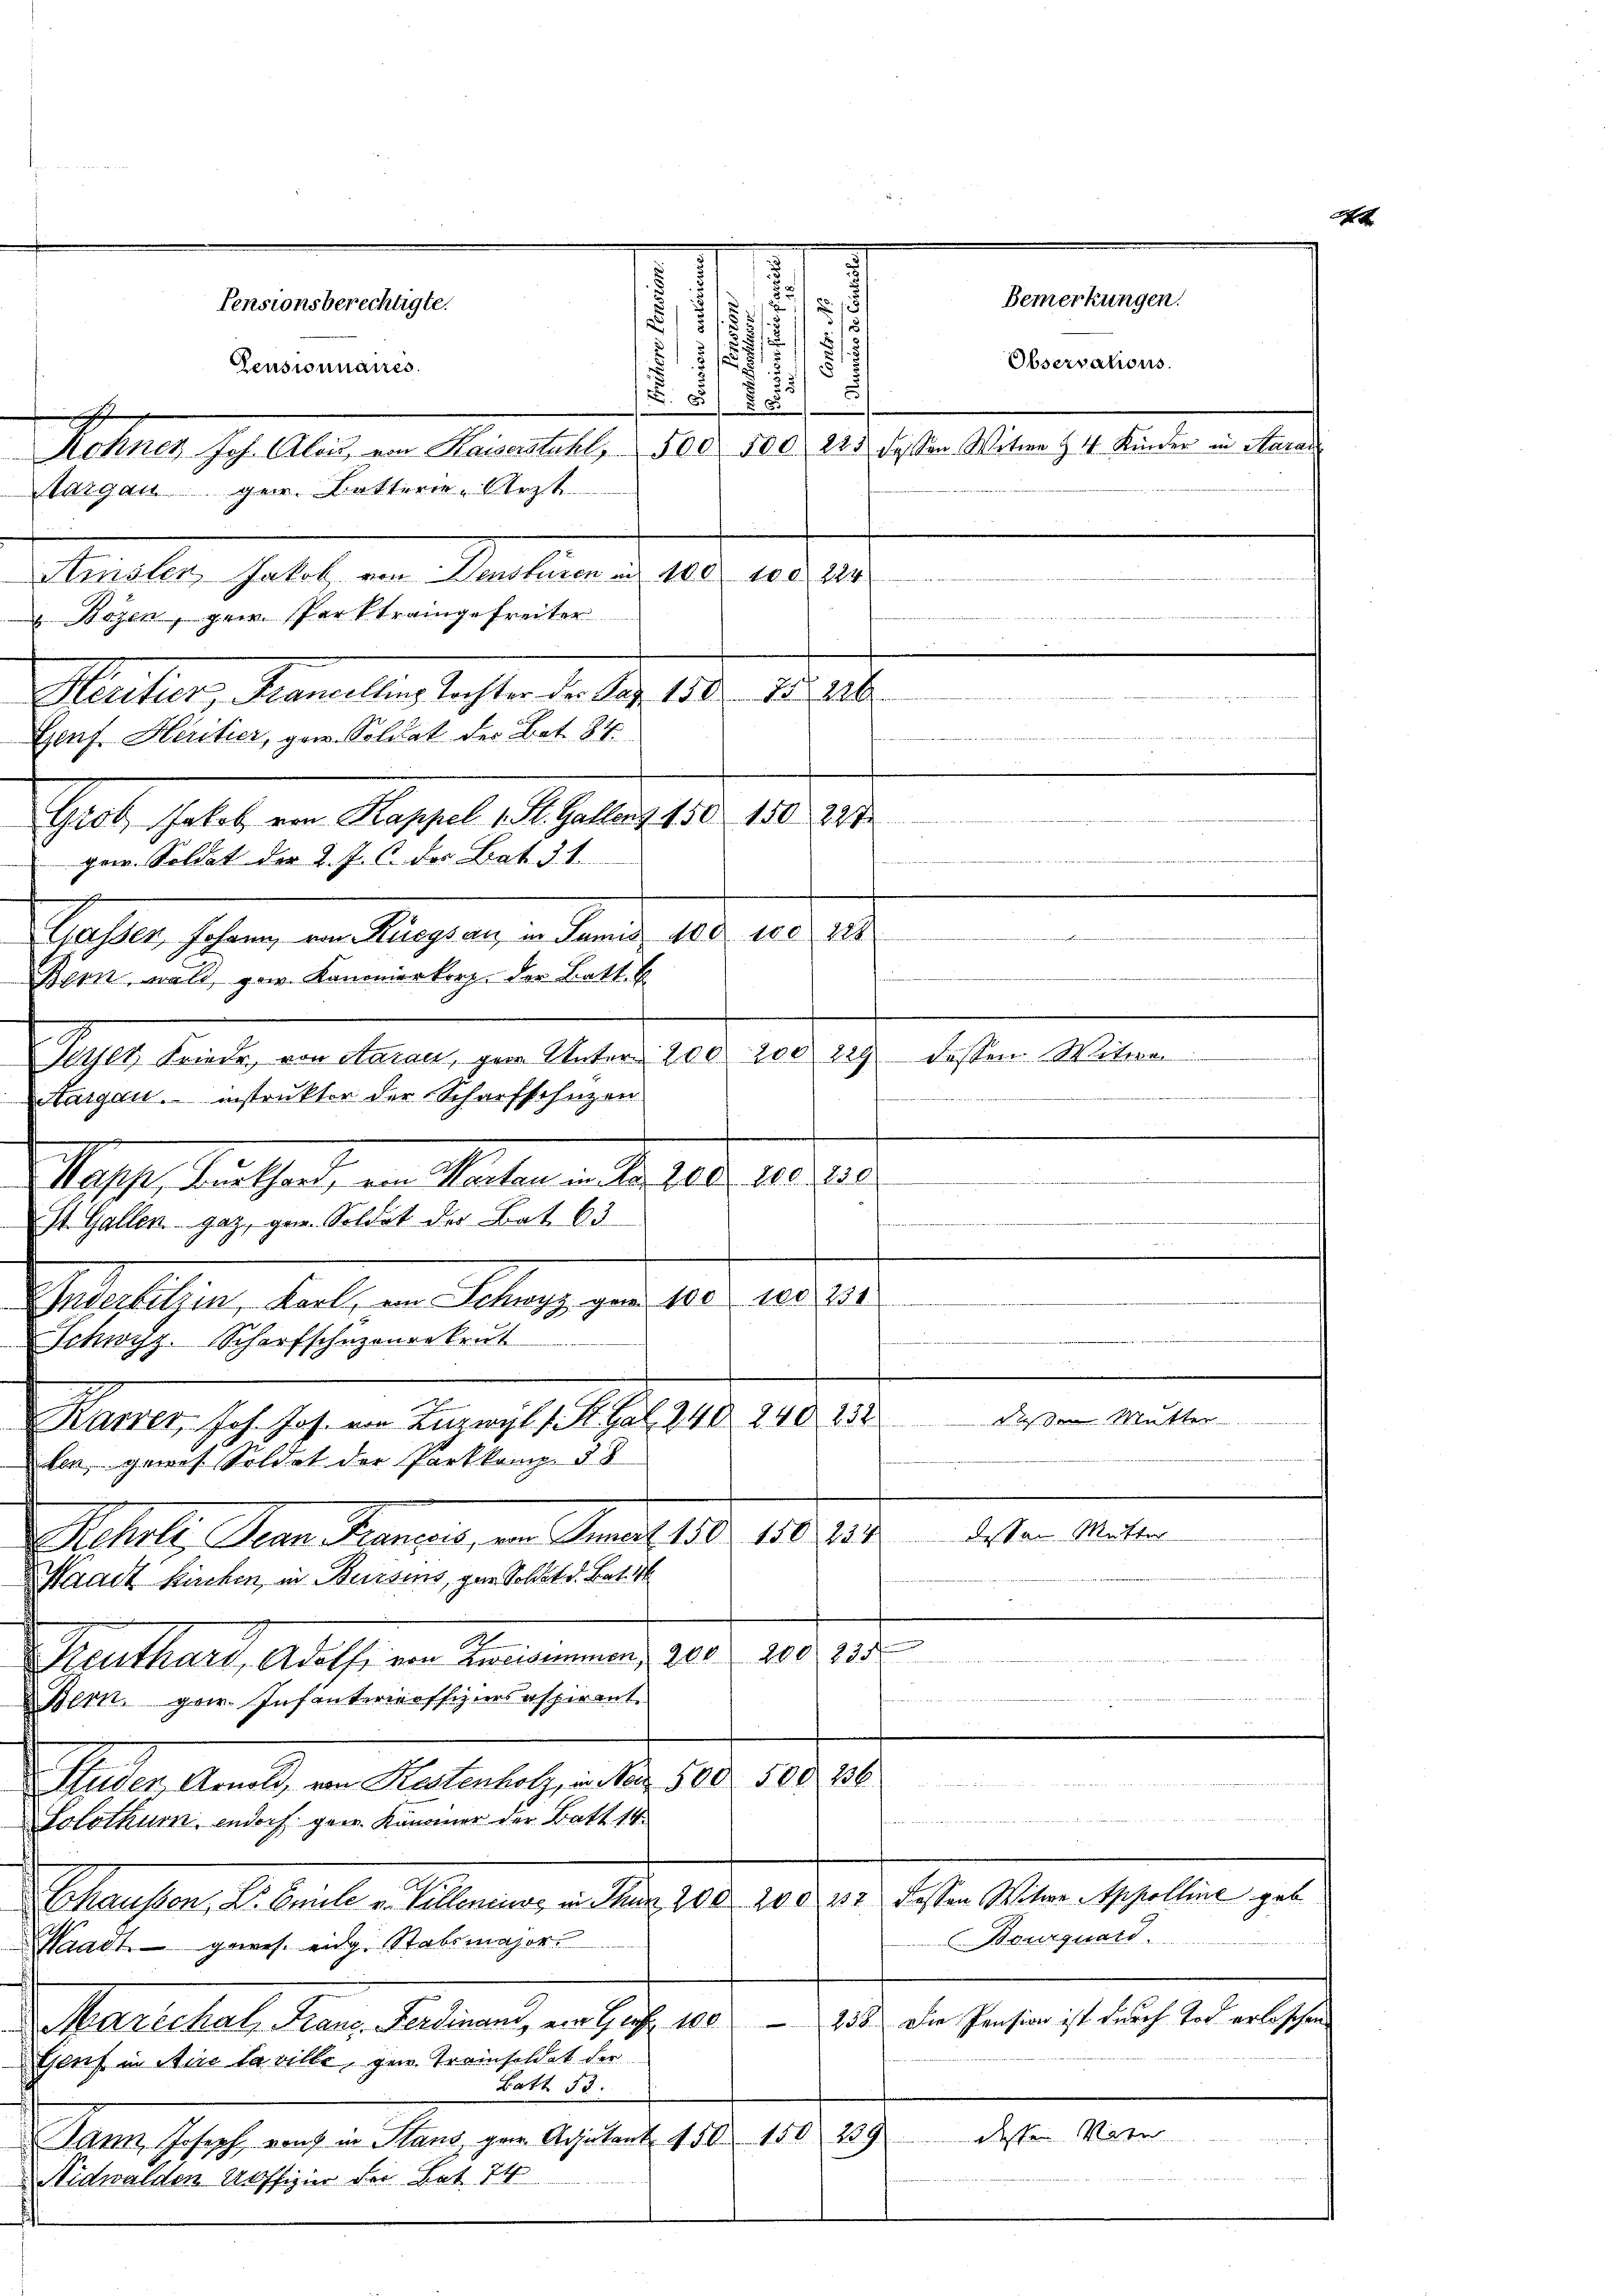
Pensionsberechtigte.

Genf. Heritier, gew. Soldat der Bet. 84

Mitten, sollt in Kantonen d. 10. 10. 124.
e
 Bozen, grie Parktraingefreiter
Gaet, solat in Massel, Gelegte 10 t
gew. Soldat der 2. J. C. des Bat. 31.
Schaften schon man liegen in den den 10. d. d.
Bern, wald, par Kammenkorp. der Bett. E
Pathes heute, an Marieli ein Abstand es ande ich
Aargau, instruktor der Scharfschützen
eppe, Austhalt, ein Sachen an der 180. 10. 1
St. Gallen gaz, gern. Soldat der Bat. 63
Interlitzin, Karl, am Schwyz, gen 100 10 351
Schwyz. Scharfschuzenrekrut
.
.
dassen Mutter
Ratter, Joh. Joh. von Kanzl. P. Pal 240. 140. 232
len, gewes Soldet der Parkkomp. § 8
dessen Mutter
Mehl, den Mannes, in Jauch 1810. 1883.
Waadt Kirchen, in Bursens, gern Soldat v. Bat. 16
ümmung
Genthard, Adolf, von Revisimmen, 200. 208. 215
Bern, gew. Infanteriroffiziersaspirant
500. 236
Bessenen
B
Studen, Arnold, von Kastenholz, in den 500
Mit 111 24 x
Solothurn, indorf gern. Kammer der Batt 14
Schaussen, Dr. Cmule in Cilloniers in Thur 200 20 § 32 dessen Witwe Appelline geb
Bourquard
Waadt geres. eidg. Stabsmajor
Marechal, Franz. Ferdinand, ein Genf 100. 238. Die Pension ist durch Tod erloschen
Gorf in Aire la ville, gen. Trainsoldat der
Batt 53:
.
Dann Joseph von in Stand gar Adjutant 450 150 239
Nidwalden Uffizier der Bet 74

Pensionnaires.
Aargau ger. Butterie-Arzt

Meister, Hammeln lassen d. d. 106. 18. 216.

.
1
15
5/5
1/5 155
1/
17
17 s
.
 0 f 8 x
Rohnes Joh. Aber, von Kaiserstuhl, da d. 180. 115. dessen Miter zu. Kinden in d
 5

.
feine in mit einer einen ein einer in die in werden der der Land in die beide vielen die in den die

dessen Seiten

.

Bemerkungen.
Observations.

n